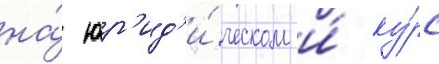
на́ юр'ид'и́ческом и́ ку́рс